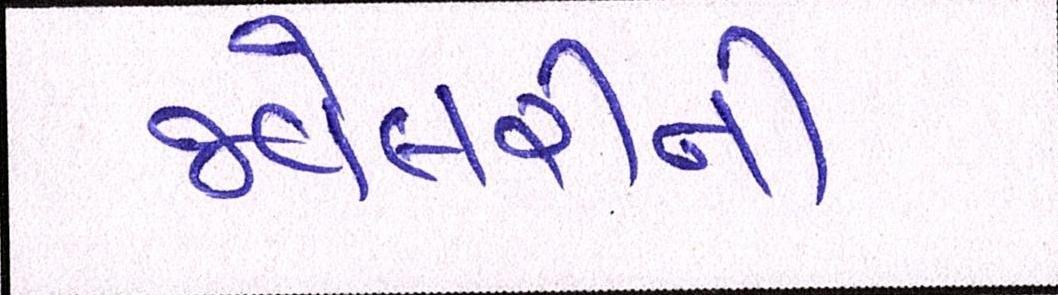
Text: જ્વેલરીની